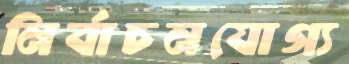
নির্বাচনযোগ্য